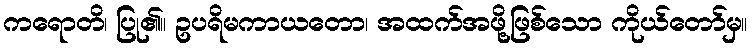
ကရောတိ၊ ပြု၏။ ဥပရိမကာယတော၊ အထက်အဖို့ဖြစ်သော ကိုယ်တော်မှ။